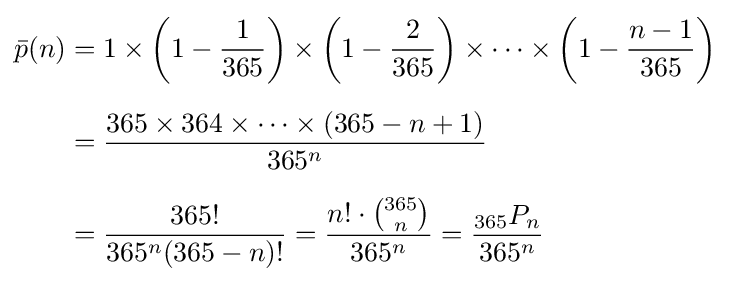
{\begin{aligned}{\bar {p}}(n)&=1\times \left(1-{\frac {1}{365}}\right)\times \left(1-{\frac {2}{365}}\right)\times \cdots \times \left(1-{\frac {n-1}{365}}\right)\\[6pt]&={\frac {365\times 364\times \cdots \times (365-n+1)}{365^{n}}}\\[6pt]&={\frac {365!}{365^{n}(365-n)!}}={\frac {n!\cdot {\binom {365}{n}}}{365^{n}}}={\frac {_{365}P_{n}}{365^{n}}}\end{aligned}}